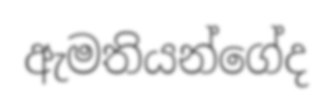
ඇමතියන්ගේද